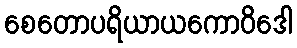
စေတောပရိယာယကောဝိဒေါ